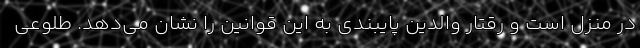
در منزل است و رقتار والدین پایبندی به این قوانین را نشان می‌دهد. طلوعی